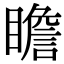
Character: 瞻